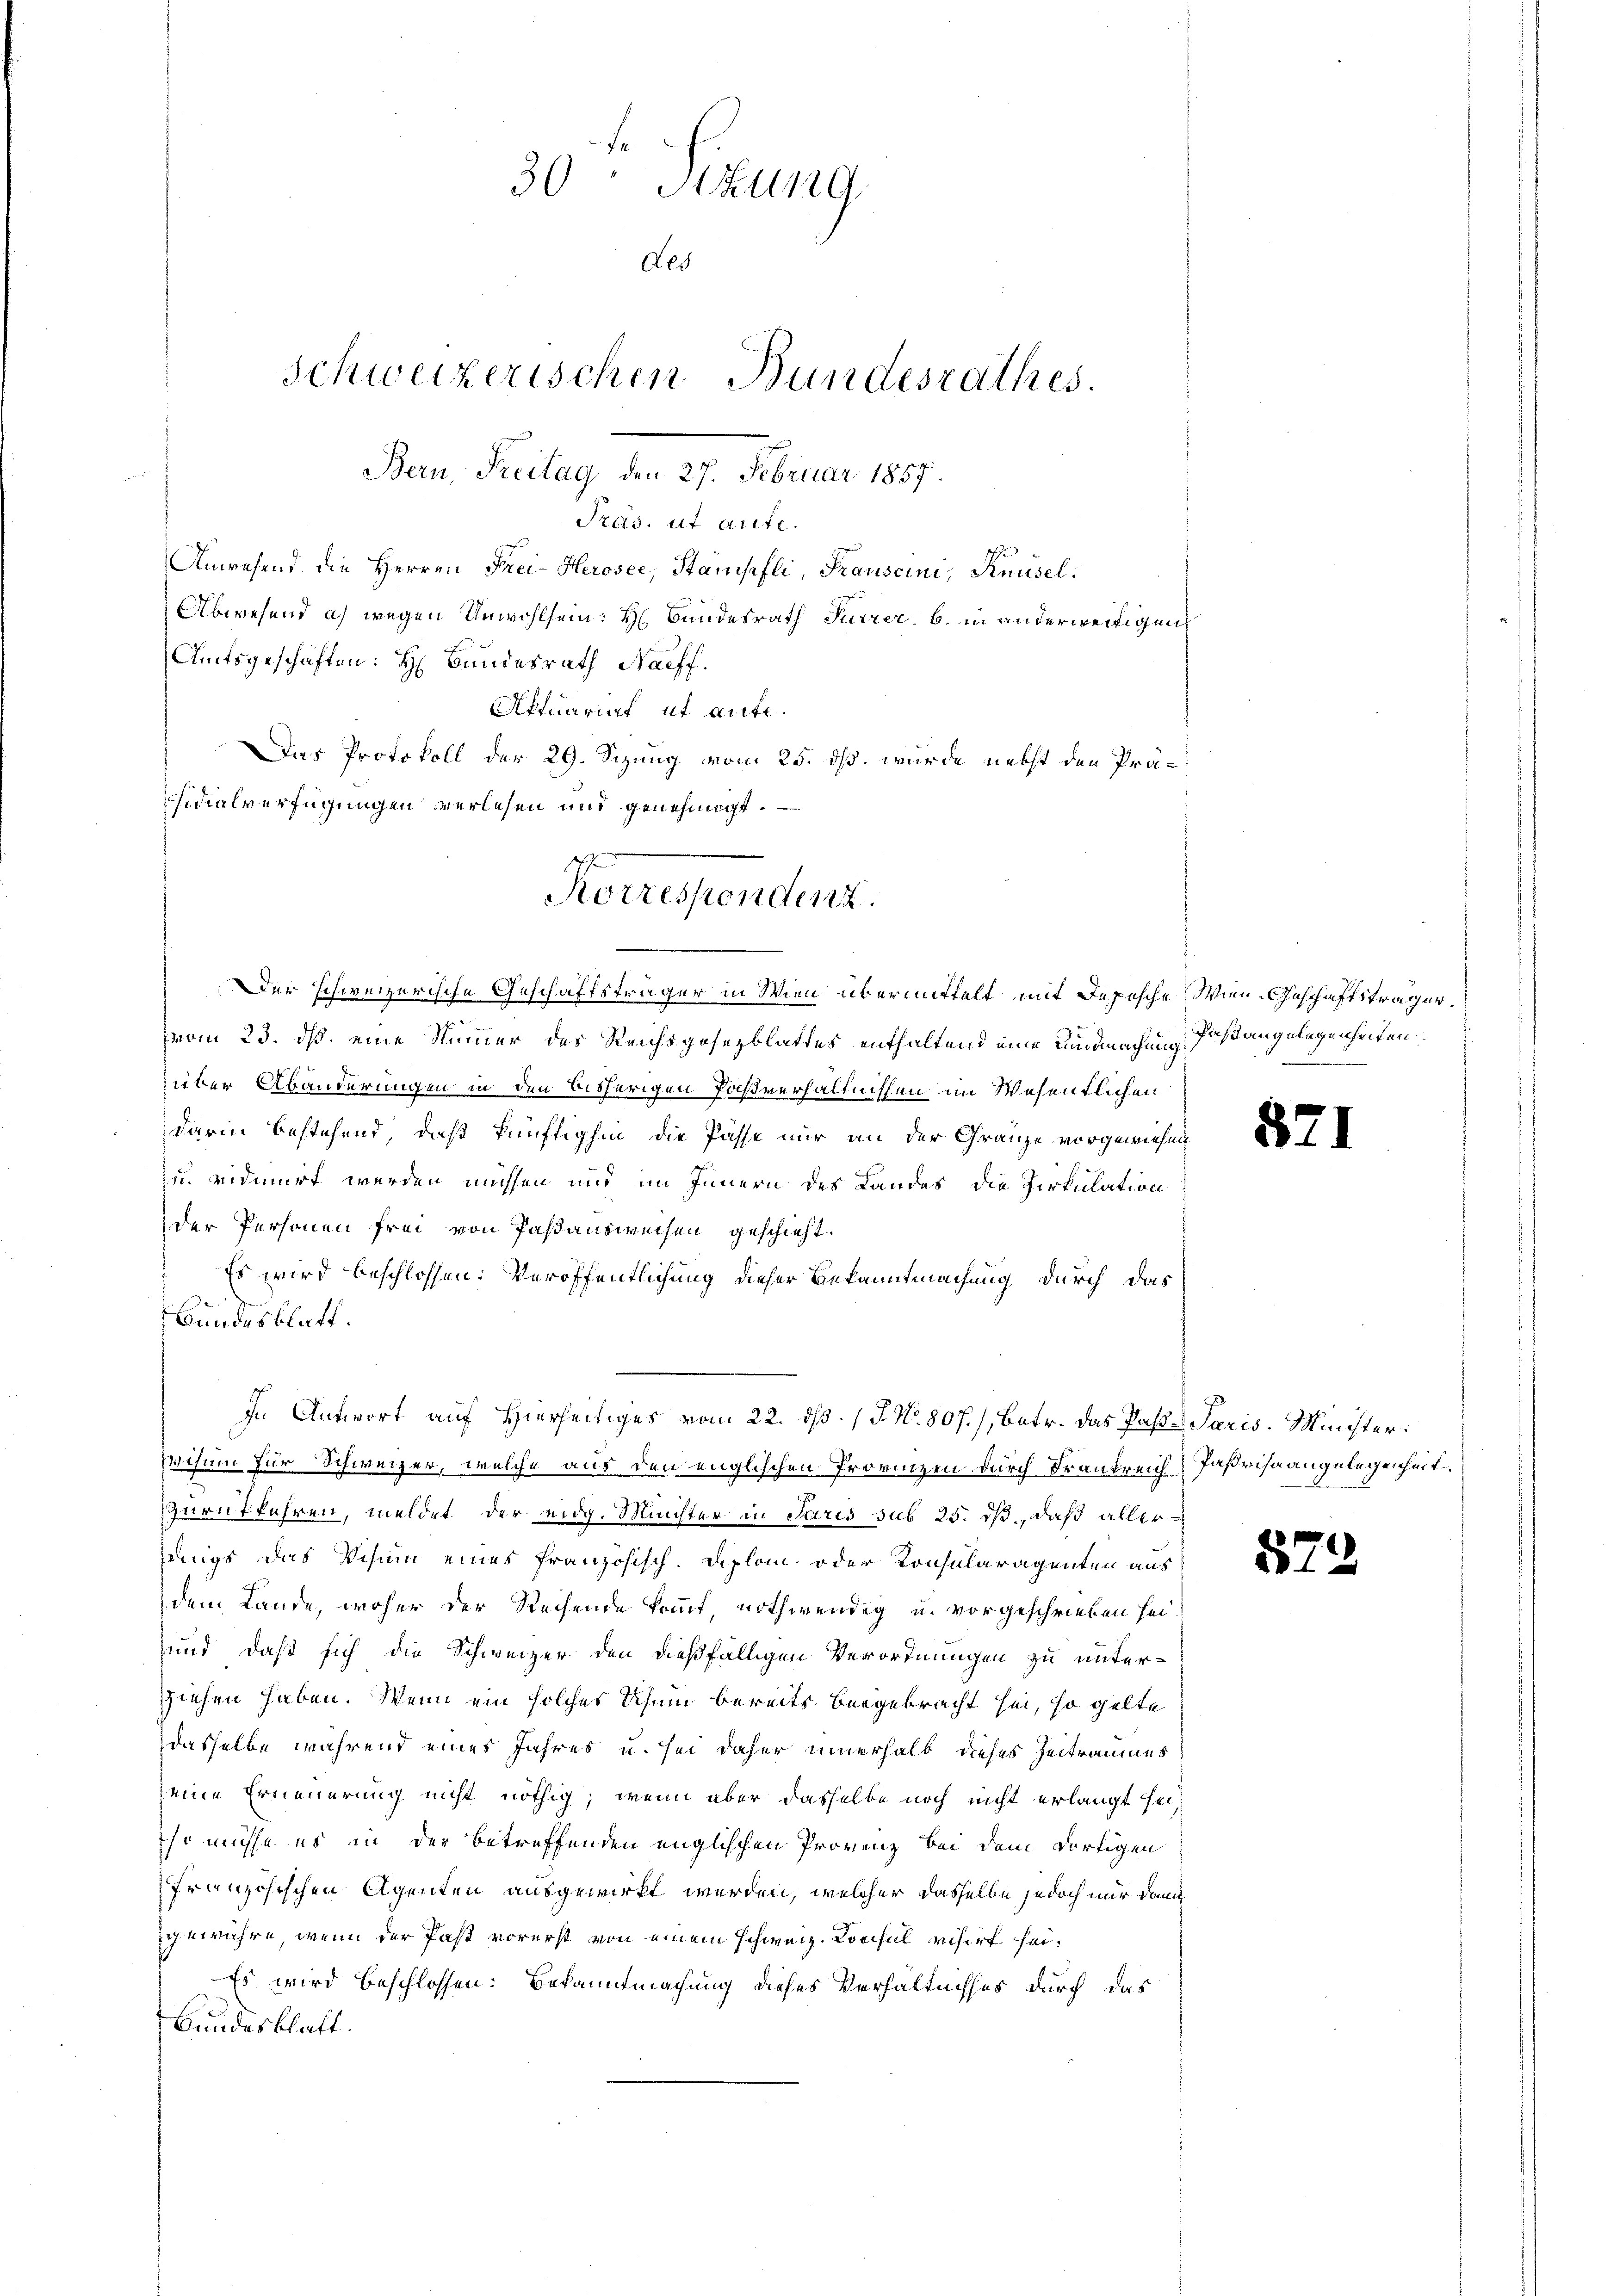
Pras. ut Art.
Anwesend die Herren Frei-Herosee, Stamsefli, Frauscini, Knüsel¬
Abwesend a) wegen Unwohlsein: H Bundesrath Furrer, b. in anderweitigen
Amtsgeschäften: H Bundesrath Nachf
Aftuariat it aufe.
Das Protokoll der 29. Sizung vom 25. ds. wurde nebst den Präidialverfügungen verlesen und genehmigt.
Korressendent.

30 " Sitzung
Als
Schweizerischen Bundesrathes.
Bem, Freitag, den 27. Februar 1887.

Der schweizerische Geschäftsträger in Wien übermittelt mit Depesche Wien Geschaftsträger,
vom 23. ds. eine Nummer des Reichsgesezblattes enthaltend eine Kundmachung faßangelegenheiten
über Abänderungen in den bisherigen Paßverhältnissen im Wesentlichen
darin bestehend, daß künftighin die Pässe nur an der Gränze vorgewiesen
zu. vidimirt werden müssen und im Innern des Landes die Zirkulation
der Personen frei von Passausweisen geschieht.
Es wird beschlossen: Veröffentlichung dieser Bekanntmachung durch das
Bundesblatt.
e
Visum für Schweizer, welche aus den englischen Provinzen durch Krankreich? Jaßrisaangelegenheit
Zurückführen, meldet, der eidg. Müchter in Paris sub 25. ds., daß aller
dings das Visum eines französisch-Diplom oder Konsularagenten aus
dem Lande, woher der Reihende kommt, nothwendig u. vorgeschrieben sei¬
und daß sich die Schweizer den dießfälligen Verordnungen zu unterzziehen haben. Wenn ein solches Schum bereits bergebracht sei, so gelte
dasselbe während eines Jahres u. sei daher innerhalb dieses Zeitraumes
seine Erneuerung nicht nöthig, wenn aber dasselbe noch nicht erlangt seiso müsse es in der betreffenden englischen Provenz bei dem dortigen
französischen Agenten ausgewirkt werden, welcher dasselbe jedoch nur dann
gewähre, wenn der Past vorerst von einem schweiz. Konsul visirt sei¬
Es wird beschlossen: Bekanntmachung dieses Verhältnisses durch das
Bundesblatt.

In Antwort auf Hierseitiges vom 22. d. 17. No. 807.), betr. das Paste Paris. Minister

.

32.

57.